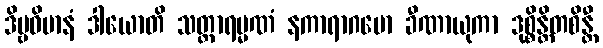
ဒိဗ္ဗဝိမာနံ ဒါယောတိ သတ္တာရမ္မဏံ နကာရာဂမော ခီဏာယုကာ ဒုစ္စိန္တိတစိန္တီ